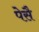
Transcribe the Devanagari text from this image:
पेसै